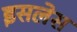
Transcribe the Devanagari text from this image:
इसलेस